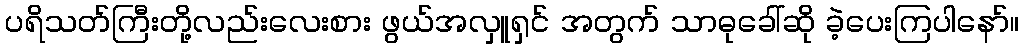
ပရိသတ်ကြီးတို့လည်းလေးစား ဖွယ်အလှူရှင် အတွက် သာဓုခေါ်ဆို ခဲ့ပေးကြပါနော်။